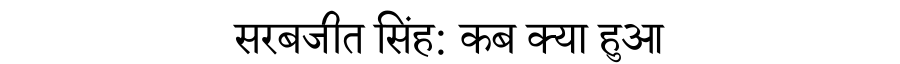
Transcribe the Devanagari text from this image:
सरबजीत सिंह: कब क्या हुआ